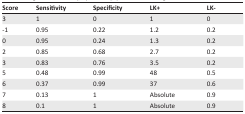
<table><thead><tr><td><b>Score</b></td><td><b>Sensitivity</b></td><td><b>Specificity</b></td><td><b>LK+</b></td><td><b>LK-</b></td></tr></thead><tbody><tr><td>3</td><td>1</td><td>0</td><td>1</td><td>0</td></tr><tr><td>-1</td><td>0.95</td><td>0.22</td><td>1.2</td><td>0.2</td></tr><tr><td>0</td><td>0.95</td><td>0.24</td><td>1.3</td><td>0.2</td></tr><tr><td>2</td><td>0.85</td><td>0.68</td><td>2.7</td><td>0.2</td></tr><tr><td>3</td><td>0.83</td><td>0.76</td><td>3.5</td><td>0.2</td></tr><tr><td>5</td><td>0.48</td><td>0.99</td><td>48</td><td>0.5</td></tr><tr><td>6</td><td>0.37</td><td>0.99</td><td>37</td><td>0.6</td></tr><tr><td>7</td><td>0.13</td><td>1</td><td>Absolute</td><td>0.9</td></tr><tr><td>8</td><td>0.1</td><td>1</td><td>Absolute</td><td>0.9</td></tr></tbody></table>